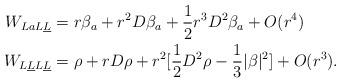
LaTeX: \begin{align*} W_{LaL\underline L}&= r \beta_a +r^2 D\beta_a +\frac{1}{2} r^3 D^2\beta_a+O(r^4) \\ W_{L\underline LL\underline L } &=\rho + r D \rho+r^2 [ \frac{1}{2} D^2 \rho -\frac{1}{3} |\beta|^2]+O(r^3). \end{align*}